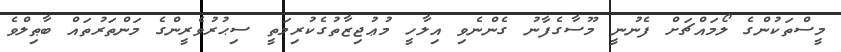
މީސްތަކުންގެ ލޯމައްޗަށް ފެނުނީ މޫސާގެފާނު ގެންނެވި އިލާހީ މުޢުޖިޒާތުގެކުރިމަތީ ސިޙުރުވެރީންގެ މަންތަރުތައް ބާޠިލްވެ